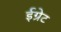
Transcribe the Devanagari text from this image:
ईग्रेट